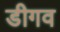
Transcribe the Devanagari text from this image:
डीगव